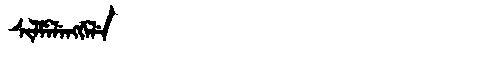
Manchu: ᠰᡳᠯᠮᡝᠯᡝᠩᡤᡝᠯᡝ
Romanization: SILMELENGGELE